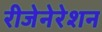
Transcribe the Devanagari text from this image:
रीजेनेरेशन